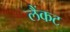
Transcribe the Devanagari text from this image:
लैंकट